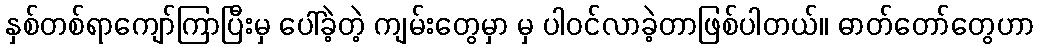
နှစ်တစ်ရာကျော်ကြာပြီးမှ ပေါ်ခဲ့တဲ့ ကျမ်းတွေမှာ မှ ပါဝင်လာခဲ့တာဖြစ်ပါတယ်။ ဓာတ်တော်တွေဟာ